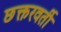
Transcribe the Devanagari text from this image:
छक्तरवर्ती